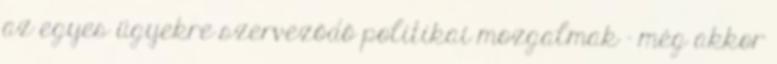
az egyes ügyekre szerveződő politikai mozgalmak – még akkor